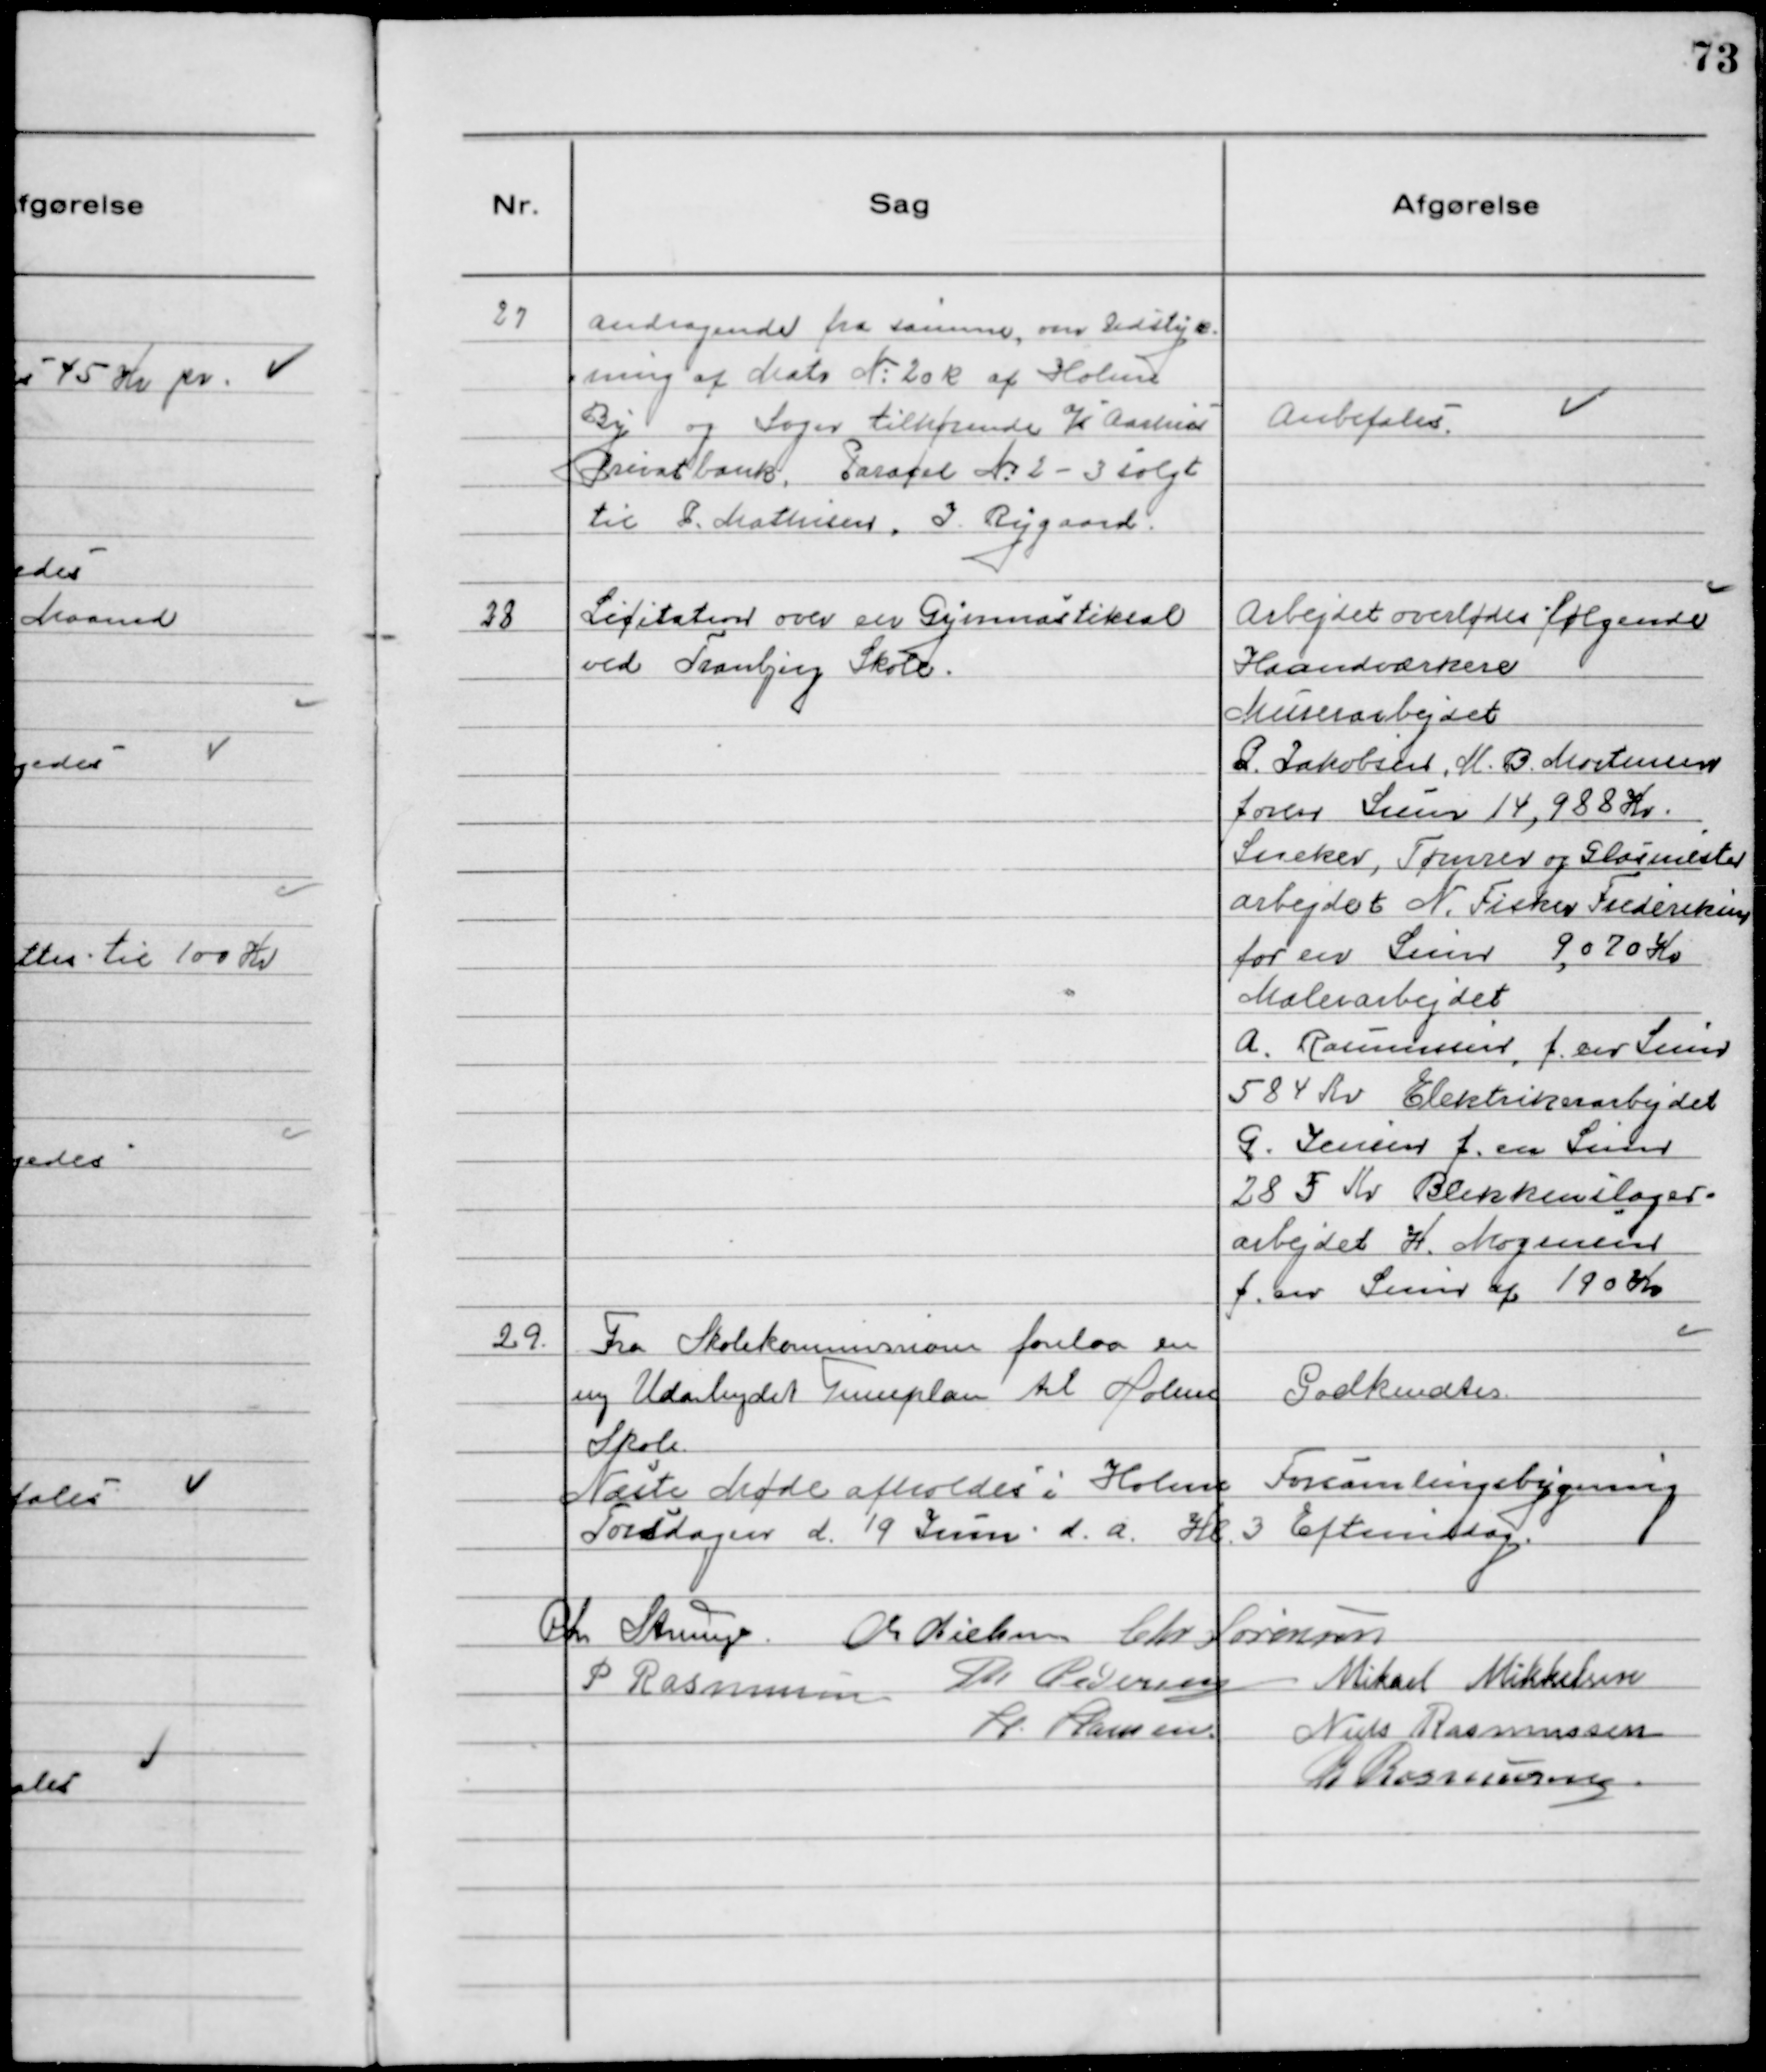
Transskription:
27 Andragende fra samme, om Udstyk-
ning af Matr № 20 k af Holme
By og Sogn tilhørende a/s Aarhus
Privatbank, Parscel №2-3 solgt
til P. Mathisen, J. Rygaard.

Anbefales

28 Licitation over en Gymnastiksal
ved Tranbjerg Skole.

Arbejdet overlodes følgende
Haandværkere
Murerarbejdet
P. Jakobsen, M.B. Mortensen
foren Sum 14,988 Kr.
Sneker, Tømrer og Glarmester
arbejdet N. Fisker Frederiksen,
for en Sum 9,070 Kr.
Malerarbejdet
A. Rasmussen, f. en Sum
584 Kr Elektrikerarbejdet
G. Jensen f. en Sum
285 Kr Blikkenslager-
arbejdet H. Mogensen
f. en Sum af 190 Kr

29. Fra Skolekommisionen forelaa en
ny Udarbejdet Timeplan til Holme
Skole.

Godkendtes

Næste Møde afholdes i Holme Forsamlingsbygning
Torsdagen d. 19 Juni d.a. Kl. 3 Eftermidag.
Chr Strunge. Chr Nielsen Chr Sørensen
P Rasmussen Th Pedersen Mikael Mikkelsen
H. Hansen. Niels Rasmussen
R Rasmussen